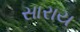
સારાય